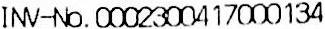
INV-NO.0002300417000134